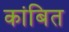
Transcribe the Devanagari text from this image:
कांबित